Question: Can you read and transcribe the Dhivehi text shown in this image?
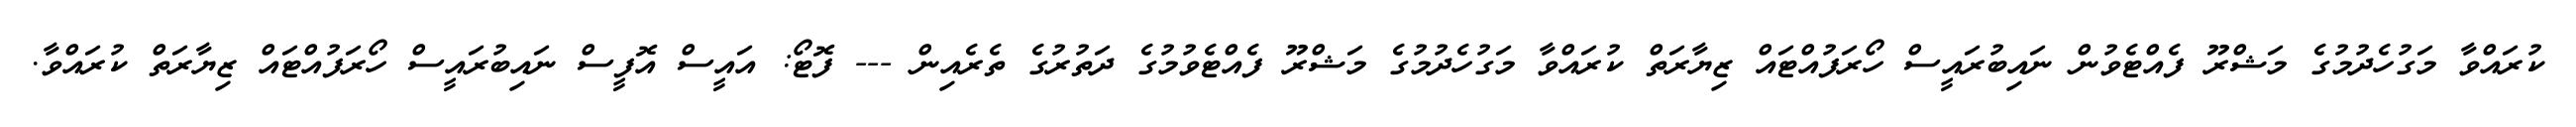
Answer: ކުރައްވާ މަގުހެދުމުގެ މަޝްރޫ ފެއްޓެވުން ނައިބުރައީސް ހޯރަފުއްޓައް ޒިޔާރަތް ކުރައްވާ މަގުހެދުމުގެ މަޝްރޫ ފެއްޓެވުމުގެ ދަތުރުގެ ތެރެއިން --- ފޮޓޯ: އައީސް އޮފީސް ނައިބުރައީސް ހޯރަފުއްޓައް ޒިޔާރަތް ކުރައްވާ.